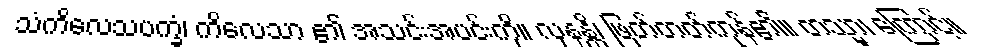
သံကိလေသပက္ခံ၊ ကိလေသာ ၏ အသင်းအပင်းကို။ လုနန္တိ၊ ဖြတ်တတ်ကုန်၏။ တသ္မာ၊ ကြောင့်။